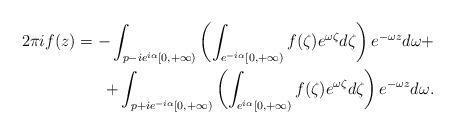
LaTeX: \begin{align*}2\pi i f(z)=-\int_{p-ie^{i\alpha}[0,+\infty)}\left(\int_{e^{-i\alpha}[0,+\infty)}f(\zeta)e^{\omega \zeta}d\zeta\right)e^{-\omega z}d\omega+\\+\int_{p+ie^{-i\alpha}[0,+\infty)}\left(\int_{e^{i\alpha}[0,+\infty)}f(\zeta)e^{\omega \zeta}d\zeta\right)e^{-\omega z}d\omega.\end{align*}